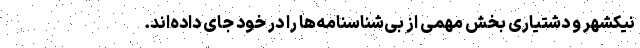
نیکشهر و دشتیاری بخش مهمی از بی‌شناسنامه‌ها را در خود جای داده‌اند.